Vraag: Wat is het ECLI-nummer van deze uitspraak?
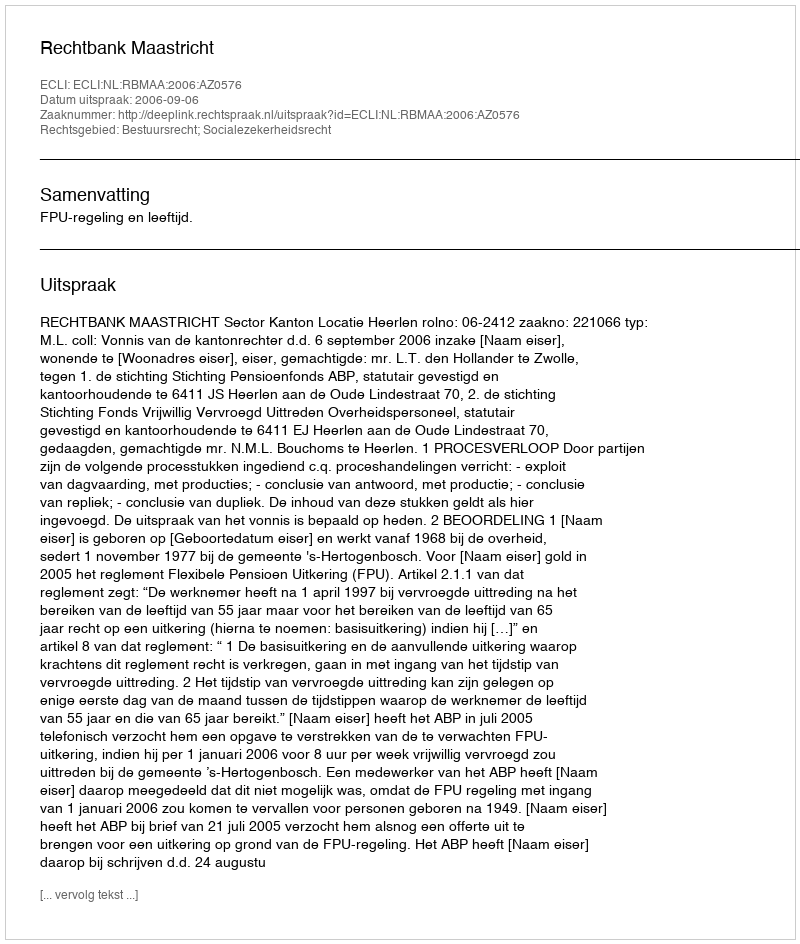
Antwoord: ECLI:NL:RBMAA:2006:AZ0576